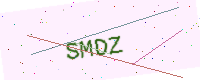
Text: SMDZ